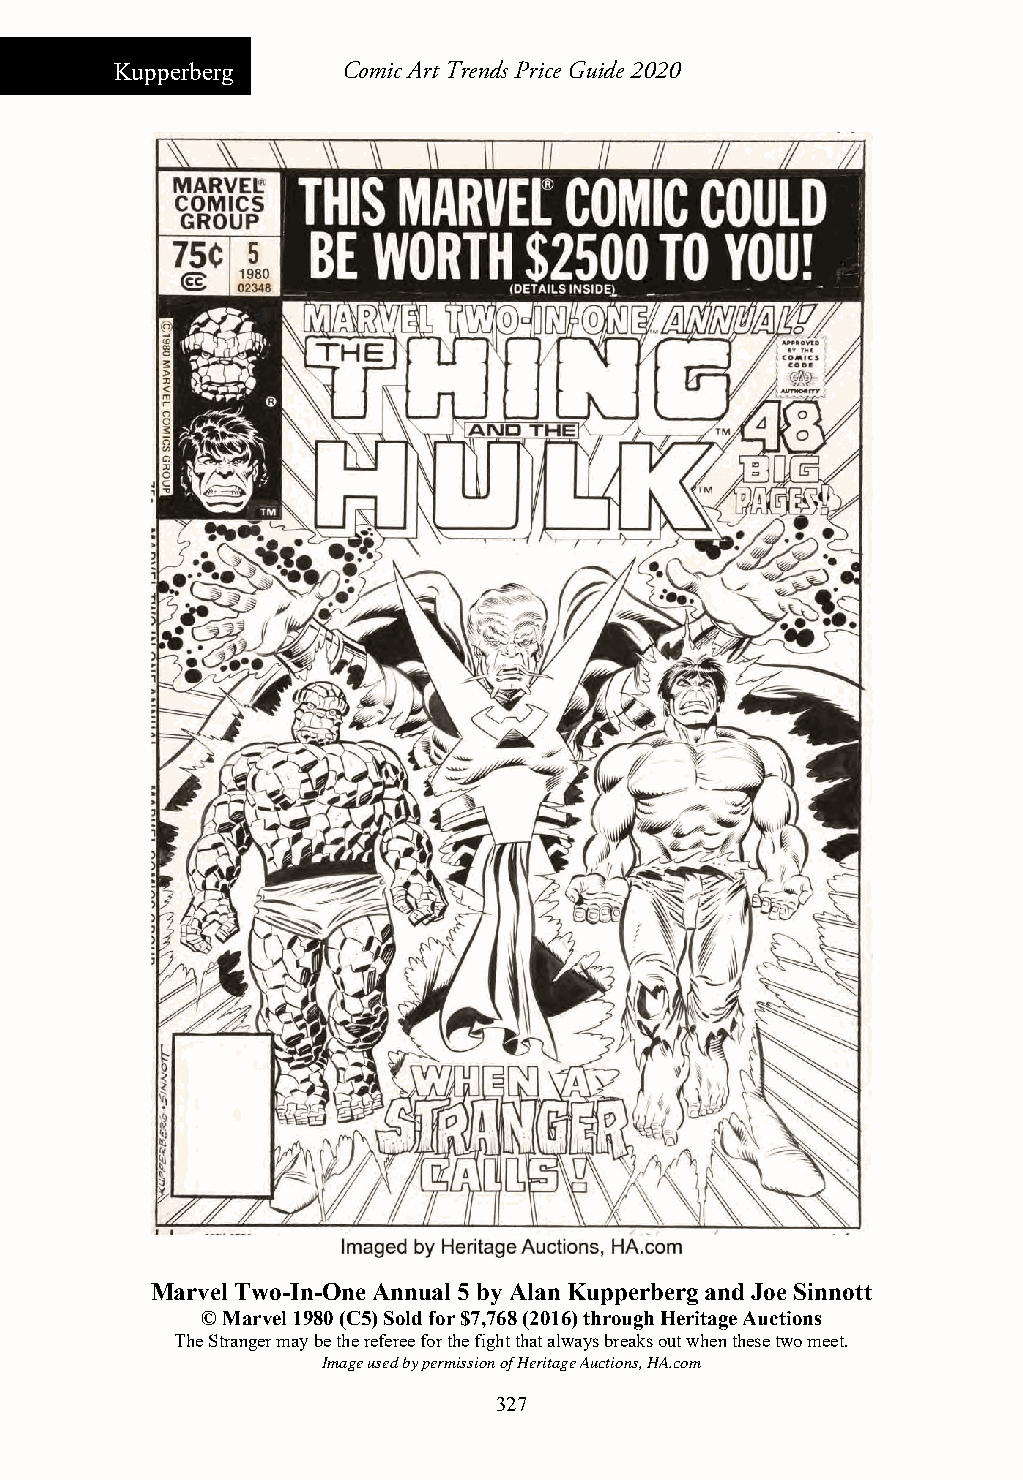
Kupperberg     Comic Art Trends Price Guide 2020
 Marvel Two-In-One Annual 5 by Alan Kupperberg and Joe Sinnott
 © Marvel 1980 (C5) Sold for $7,768 (2016) through Heritage Auctions
 The Stranger may be the referee for the fight that always breaks out when these two meet.
 Image used by permission of Heritage Auctions, HA.com
 327